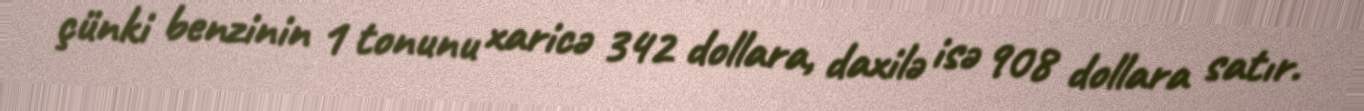
çünki benzinin 1 tonunu xaricə 342 dollara, daxilə isə 908 dollara satır.